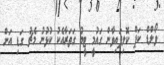
ވޯލްޑް ކަޕް ކޮލިފައިވާން ގައުމީ ޓީމު ގަތަރާއެކު ކުޅުނު މެޗު ގަޑި އަށް